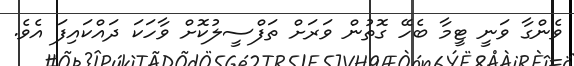
ވެންގާ ވަނީ ޓީމާ ބެހޭ ގޮތުން ވަރަށް ތަފްސީލުކޮށް ވާހަކަ ދައްކައިފަ އެވެ.